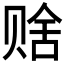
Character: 𬥹